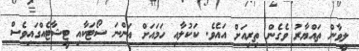
ލީވާން ތައްޔާރު ވެގެން ތިރިއަށް އައެވެ. ކަކުލާއި ހަމައަށް އަންނަ ސޯޓަކާއި ޓީޝާޓެއްގައިވެސް